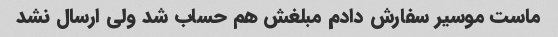
ماست موسیر سفارش دادم مبلغش هم حساب شد ولی ارسال نشد